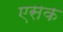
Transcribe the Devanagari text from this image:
एसक